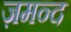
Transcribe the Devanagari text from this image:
ज़मन्द